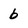
Character: b